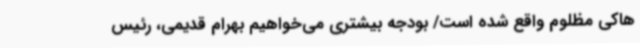
هاکی مظلوم واقع شده است/ بودجه بیشتری می‌خواهیم بهرام قدیمی، رئیس